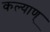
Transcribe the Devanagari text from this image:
कल्याण्